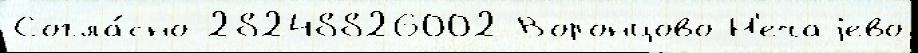
Согла́сно 28248826002 Воронцово Н'ечаjево